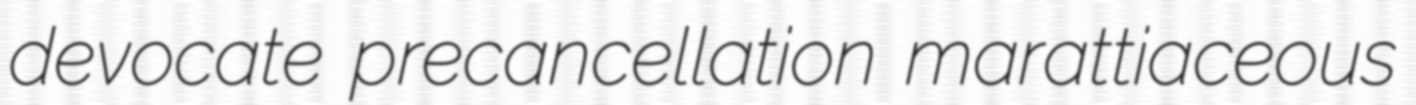
devocate precancellation marattiaceous